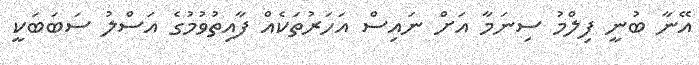
އޭނާ ބުނީ ފިލްމު ސިނަމާ އަށް ނައިސް އަހަރުތަކެއް ފާއިތުވުމުގެ އަސްލު ސަބަބަކީ